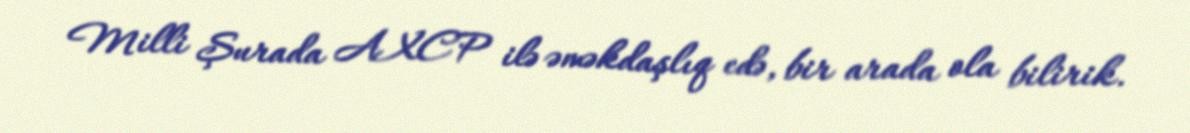
Milli Şurada AXCP ilə əməkdaşlıq edə, bir arada ola bilirik.